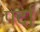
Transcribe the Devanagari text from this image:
पर्दां